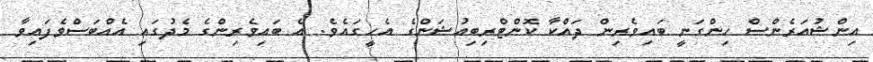
އިންޝުއަރެންސް ހިންގަނީ ބައިވެރިން ދައްކާ ކޮންޓްރިބިއުޝަންގެ އެހީގައެވެ. އެ ބައިވެރިންގެ މެދުގައި އެއްބަސްވެފައިވާ